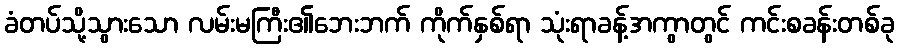
ခံတပ်သို့သွားသော လမ်းမကြီး၏ဘေးဘက် ကိုက်နှစ်ရာ သုံးရာခန့်အကွာတွင် ကင်းစခန်းတစ်ခု